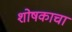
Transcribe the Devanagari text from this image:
शोषकाचा